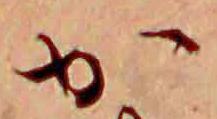
か